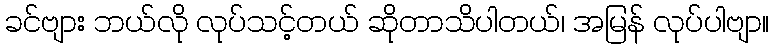
ခင်ဗျား ဘယ်လို လုပ်သင့်တယ် ဆိုတာသိပါတယ်၊ အမြန် လုပ်ပါဗျာ။